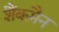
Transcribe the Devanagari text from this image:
शैंकमैन